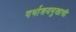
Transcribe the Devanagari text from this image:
गर्भाशयमुखाची